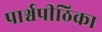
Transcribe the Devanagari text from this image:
पार्श्वपीठिका